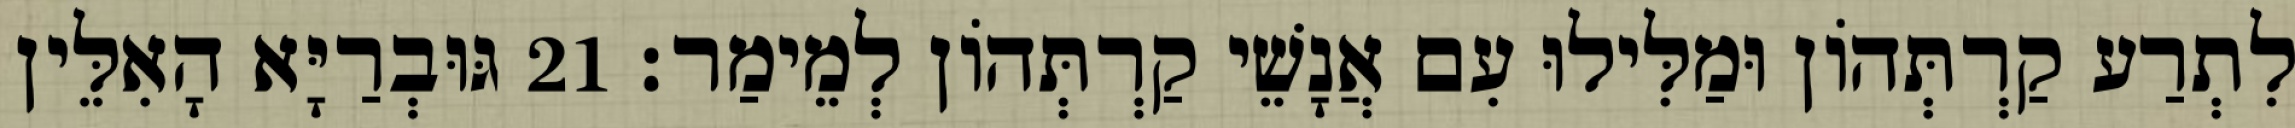
לִתְרַע קַרְתְּהוֹן וּמַלִּילוּ עִם אֲנָשֵׁי קַרְתְּהוֹן לְמֵימַר׃ 21 גּוּבְרַיָּא הָאִלֵּין